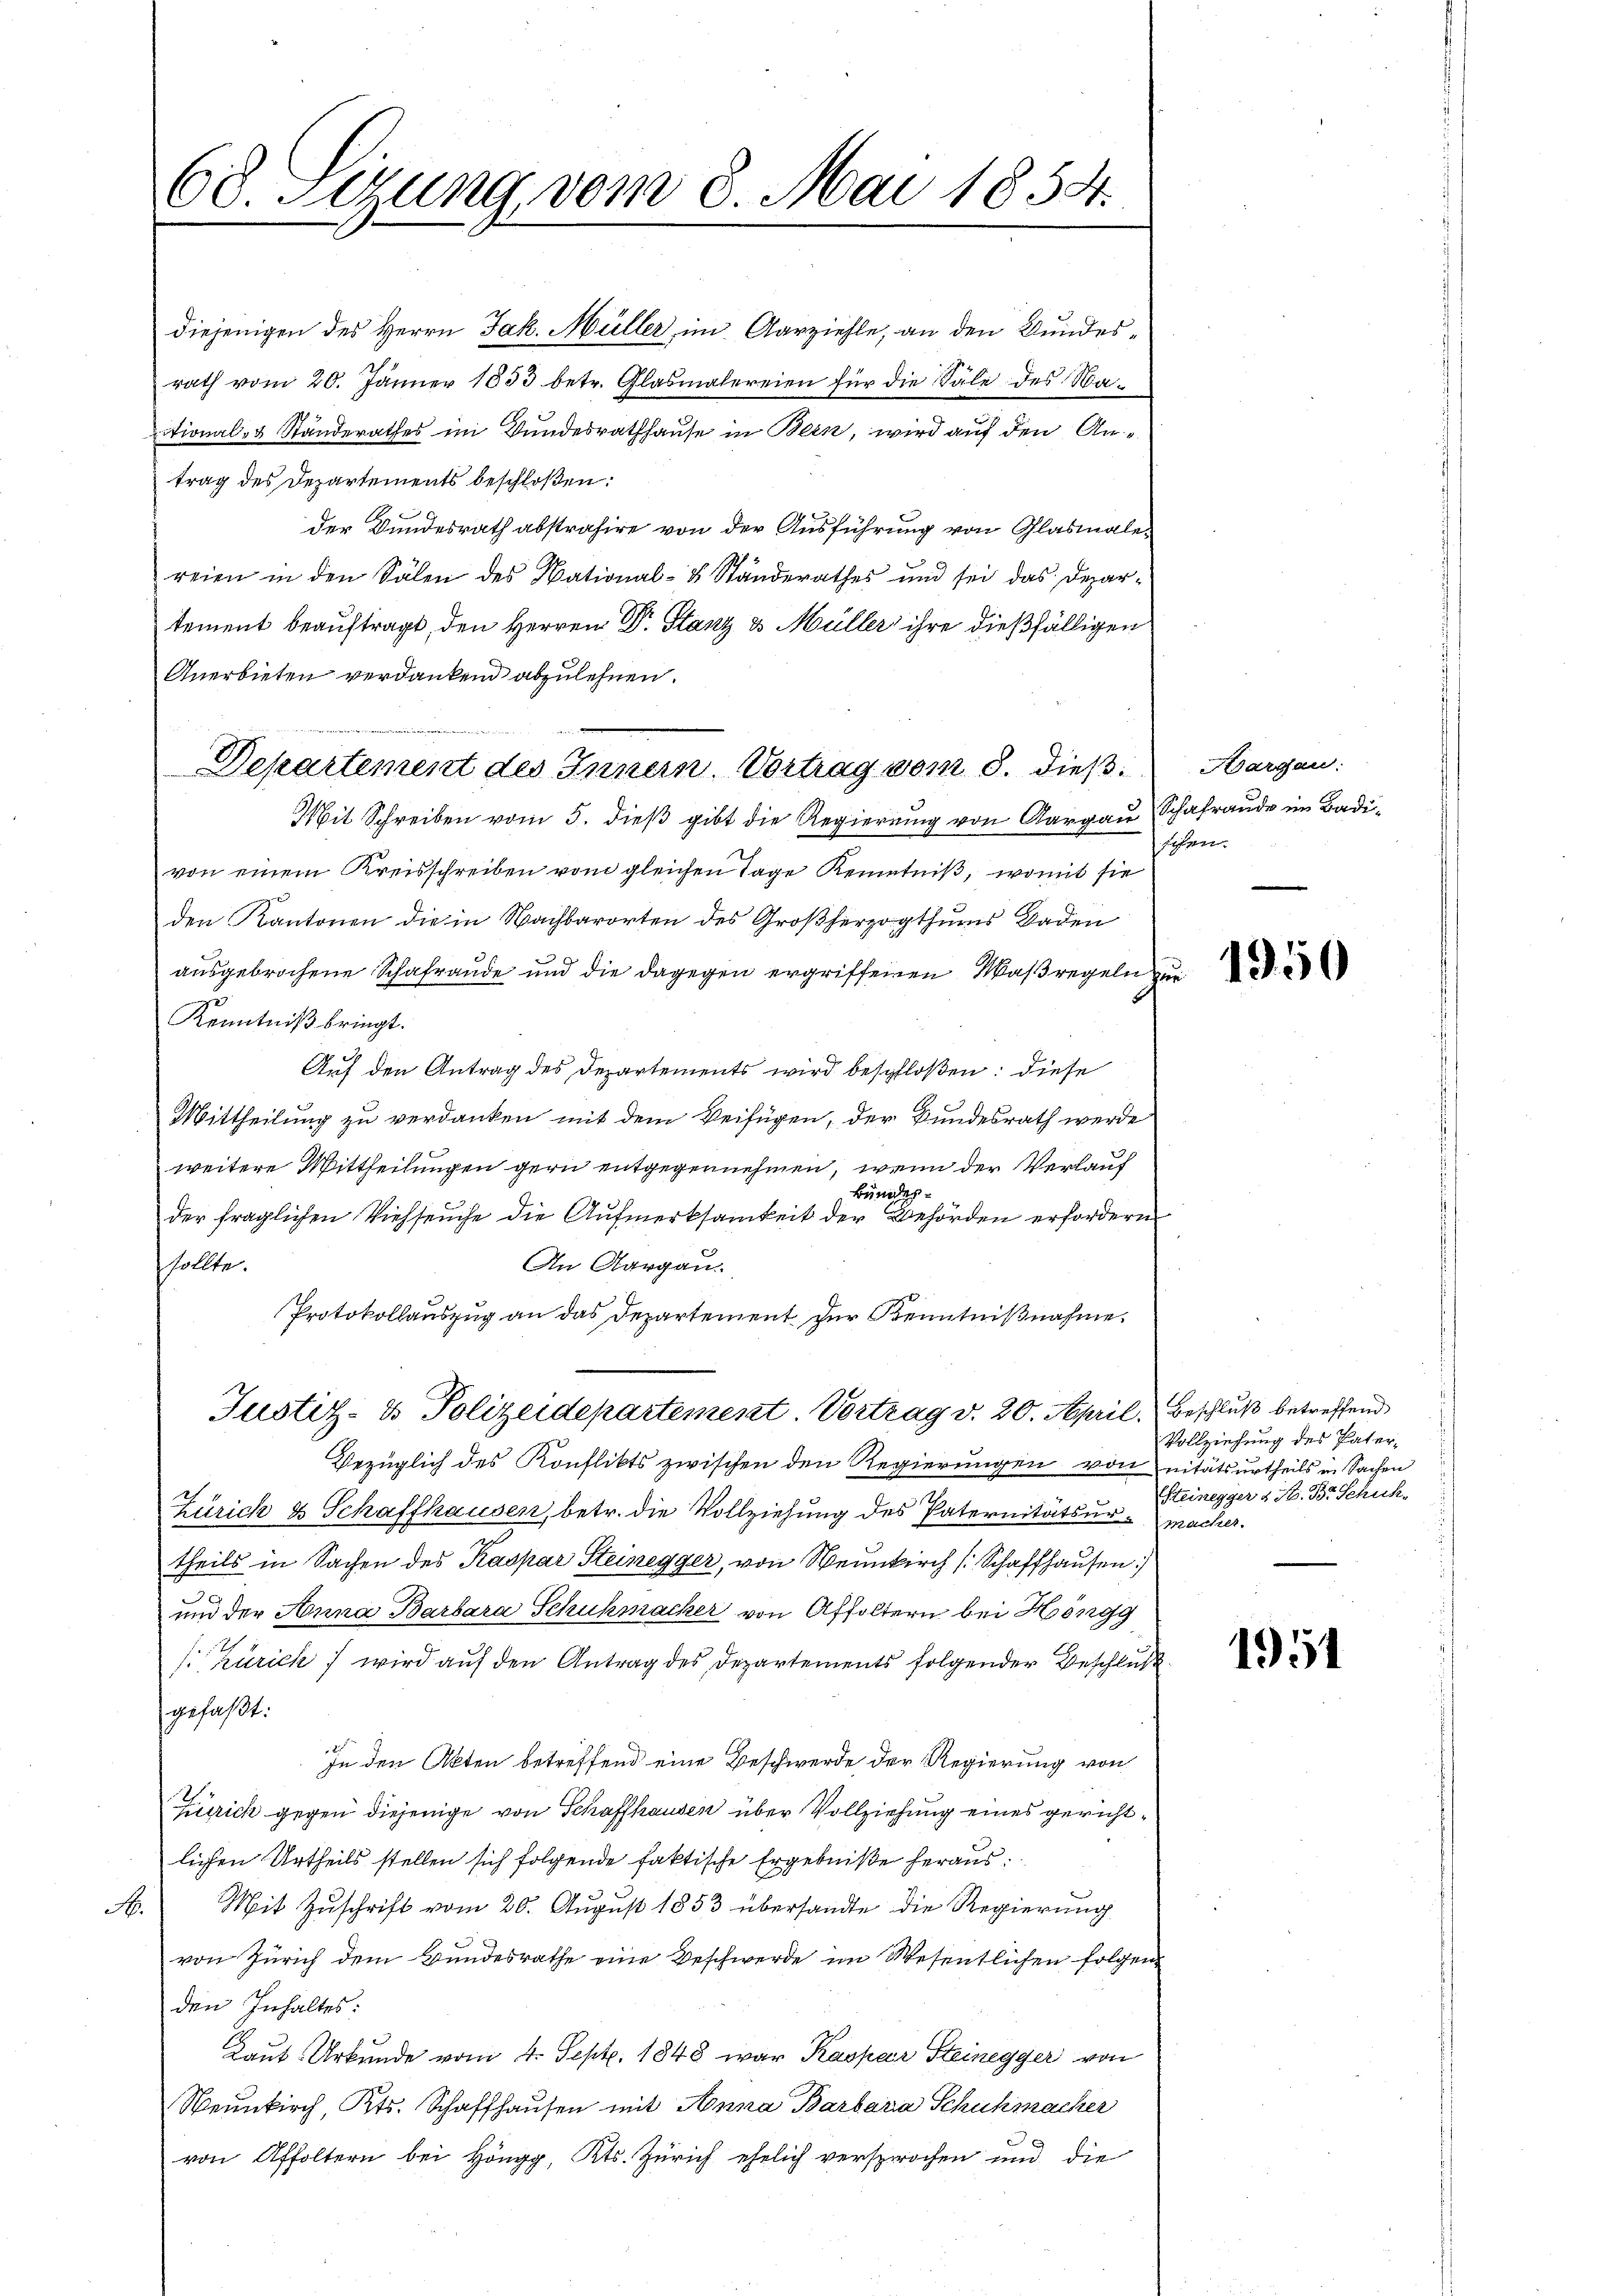
68. Sizung vom 8. Mai 1854.

diejenigen des Herrn Jak. Müller, im Aarziehle, an den Bundesrath vom 20. Jänner 1833 betr. Glasmalereien für die Säle des Naitional- & Standerathes im Bundesrathhause in Bern, wird auf den Artrag des Departements beschloßen:
der Bundesrath abstrahire von der Ausführung von Glasmale
reien in den Sälen des National- & Standerathes und sei das Departement beauftragt, den Herren Dr. Stanz & Müller ihre dießfälligen
Anerbieten verdankend abzulehnen.
Mit Schreiben vom 5. dieß gibt die Regierung von Aargau
von einem Kreisschreiben vom gleichen Tage Kenntniß, womit sie
den Kantonen die in Nachbarorten des Großherzogthums Baden
ausgebrochene Schafraude und die dagegen ergriffenen Waßregeln
Kenntniß bringt.
Auf den Antrag des Departements wird beschloßen: diese
Mittheilung zu verdanken mit dem Verfügen, der Bundesrath werde
weitere Mittheilungen gern entgegennehmen, wenn der Verlauf
Bundes
der fraglichen Viehseuche die Aufmerksamkeit der Behörden erfordern
An Aargau.
sollte.
Protokollauszug an das Departement zur Kenntnißnahme.

Departement des Innern Vortrag vom 8. dieß¬

Justiz- & Polizeidepartement. Vortrag v. 20. April. Beschluß betreffend

Bezüglich des Konflikts zwischen den Regierungen von nitätsurtheils in Sachen

Zürich & Schaffhausen, betr. die Vollziehung des Paternitätsurtheils in Sachen des Kaspar Steinegger, von Neunkirch [Schaffhausen
und der Anna Barbara Schuhmacker von Affoltern bei Höngg
s: Zürich) wird aŭf den Antrag des Departements folgender Beschluß
gefaßt:
In den Akten betreffend eine Beschwerde der Regierung von
Zürich gegen diejenige von Schaffhausen über Vollziehung eines gerichtlichen Urtheils stellen sich folgende faktische Ergebniße heraus.
A. Mit Zŭschrift vom 20. August 1853 übersandte die Regierung
von Zürich dem Bundesrathe eine Beschwerde im Wesentlichen folgend
den Inhaltes:
Laut Urkunde vom 4. Sept. 1848 war Kaspar Steinegger von
Neunkirch, Kts. Schaffhausen mit Anna Barbaria Schuhmacker
von Affoltern bei Höngg, Kts. Zürich ehelich versprochen und die

Aargau:
Schafraude im Badisien.

beg
d

1950

Vollziehung des Pater¬
Steinegger d. M. Br. Schich
macker.

1951